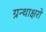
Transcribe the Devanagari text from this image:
ग्रन्थाक्षरों